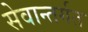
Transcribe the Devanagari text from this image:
सेवान्तर्गत